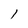
Character: l